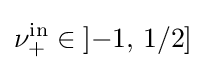
\nu _{+}^{\mathrm {in} }\in \left]-1,\,1/2\right]